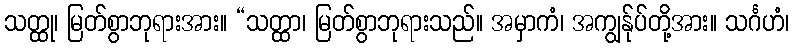
သတ္ထု၊ မြတ်စွာဘုရားအား။ “သတ္ထာ၊ မြတ်စွာဘုရားသည်။ အမှာကံ၊ အကျွန်ုပ်တို့အား။ သင်္ဂဟံ၊